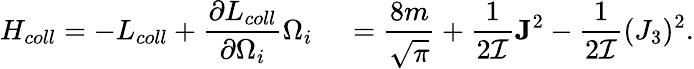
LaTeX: H_{coll}=-L_{coll}+\frac{\partial L_{coll}}{\partial\Omega_{i}}\Omega_{i}\, \quad=\frac{8m}{\sqrt{\pi}}+\frac{1}{2{\cal I}}{\mathbf J}^{2}-\frac{1}{2{\cal I}}(J_{3})^{2}.